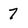
Character: 7